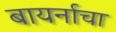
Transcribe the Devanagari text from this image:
बायर्नाचा